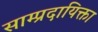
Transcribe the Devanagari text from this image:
साम्प्रदायिक्ता